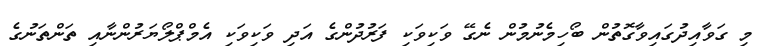
މި ގަވާއިދުގައިވާގޮތުން ބޯހިމެނުމުން ނެގޭ ވަކިވަކި ފަރުދުންގެ އަދި ވަކިވަކި އެމްޕްލޯޔަރުންނާއި ތަންތަނުގެ